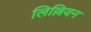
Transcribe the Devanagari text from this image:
लिल्लियन